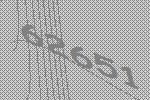
62651